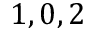
1 , 0 , 2